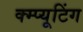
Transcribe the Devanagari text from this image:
क्म्प्यूटिंग